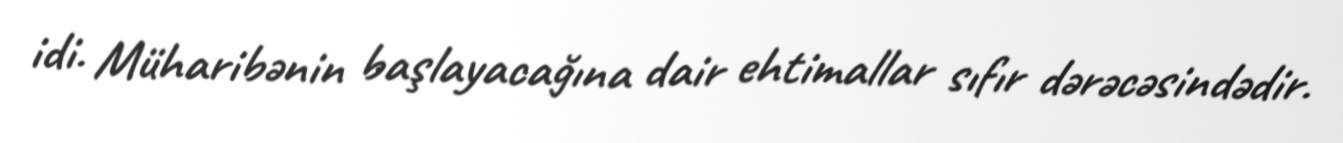
idi. Müharibənin başlayacağına dair ehtimallar sıfır dərəcəsindədir.